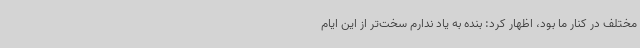
مختلف در کنار ما بود، اظهار کرد: بنده به یاد ندارم سخت‌تر از این ایام